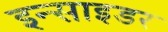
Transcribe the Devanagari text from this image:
इन्साइडर